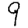
Digit: 9